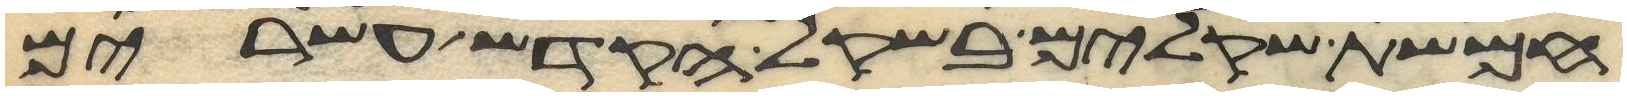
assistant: חמשת שקלים בשקל הקדש עשרים